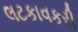
લટકાવકરી